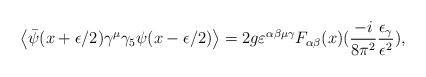
LaTeX: \begin{align*}\left \langle\bar{\psi}(x+ \epsilon /2)\gamma ^{\mu} \gamma_5 \psi (x - \epsilon /2)\right \rangle=2g\varepsilon^{\alpha \beta \mu \gamma} F_{\alpha \beta}(x)(\frac{-i}{8\pi^2}\frac{\epsilon_{\gamma}}{\epsilon^2}),\end{align*}